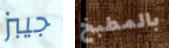
جيبز بالمطبخ